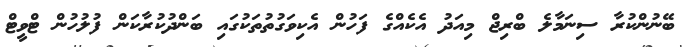
ބޭނުންކުރާ ސިނަމާލެ ބްރިޖް މިއަދު އެކެއްގެ ފަހުން އެކިވަގުތުތަކުގައި ބަންދުކުރާކަން ފުލުހުން ޓްވީޓް